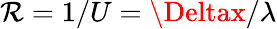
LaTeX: \mathcal{R}=1/U=\Deltax/\lambda